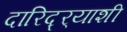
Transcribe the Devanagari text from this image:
दारिद्र्‍याशी